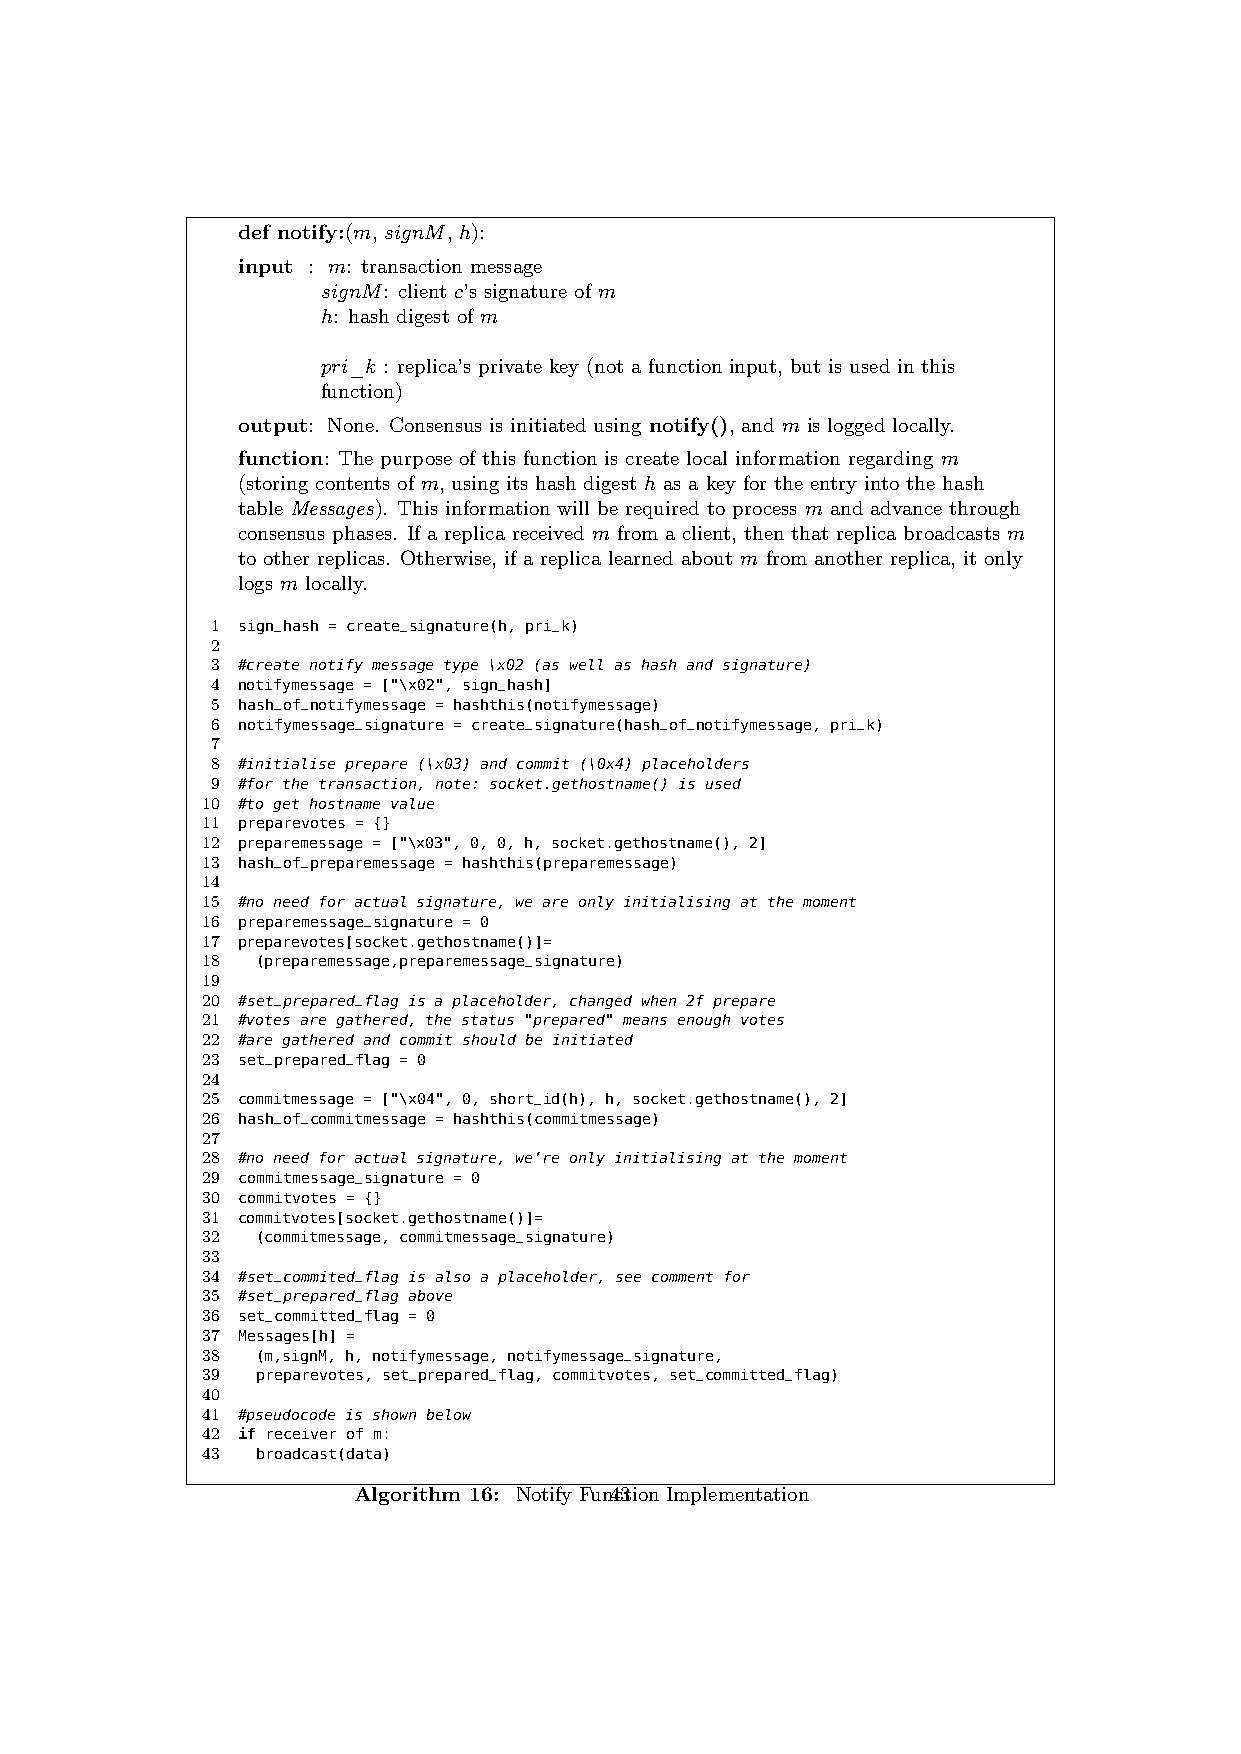
def notify:(m, signM, h):
 input : m: transaction message
 signM: client c’s signature of m
 h: hash digest of m
 pri_k : replica’s private key (not a function input, but is used in this
 function)
 output: None. Consensus is initiated using notify(), and m is logged locally.
 function: The purpose of this function is create local information regarding m
 (storing contents of m, using its hash digest h as a key for the entry into the hash
 table Messages). This information will be required to process m and advance through
 consensus phases. If a replica received m from a client, then that replica broadcasts m
 to other replicas. Otherwise, if a replica learned about m from another replica, it only
 logs m locally.
 1 sign_hash = create_signature(h, pri_k)
 2
 3 #create notify message type \x02 (as well as hash and signature)
 4 notifymessage = ["\x02", sign_hash]
 5 hash_of_notifymessage = hashthis(notifymessage)
 6 notifymessage_signature = create_signature(hash_of_notifymessage, pri_k)
 7
 8 #initialise prepare (\x03) and commit (\0x4) placeholders
 9 #for the transaction, note: socket.gethostname() is used
 10 #to get hostname value
 11 preparevotes = {}
 12 preparemessage = ["\x03", 0, 0, h, socket.gethostname(), 2]
 13 hash_of_preparemessage = hashthis(preparemessage)
 14
 15 #no need for actual signature, we are only initialising at the moment
 16 preparemessage_signature = 0
 17 preparevotes[socket.gethostname()]=
 18  (preparemessage,preparemessage_signature)
 19
 20 #set_prepared_flag is a placeholder, changed when 2f prepare
 21 #votes are gathered, the status "prepared" means enough votes
 22 #are gathered and commit should be initiated
 23 set_prepared_flag = 0
 24
 25 commitmessage = ["\x04", 0, short_id(h), h, socket.gethostname(), 2]
 26 hash_of_commitmessage = hashthis(commitmessage)
 27
 28 #no need for actual signature, we’re only initialising at the moment
 29 commitmessage_signature = 0
 30 commitvotes = {}
 31 commitvotes[socket.gethostname()]=
 32  (commitmessage, commitmessage_signature)
 33
 34 #set_commited_flag is also a placeholder, see comment for
 35 #set_prepared_flag above
 36 set_committed_flag = 0
 37 Messages[h] =
 38  (m,signM, h, notifymessage, notifymessage_signature,
 39  preparevotes, set_prepared_flag, commitvotes, set_committed_flag)
 40
 41 #pseudocode is shown below
 42 if receiver of m:
 43  broadcast(data)
 Algorithm 16: Notify Fun4c3tion Implementation